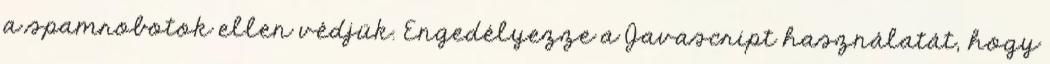
a spamrobotok ellen védjük. Engedélyezze a Javascript használatát, hogy